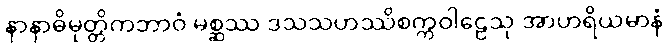
နာနာဓိမုတ္တိကဘာဝံ မစ္ဆဿ ဒသသဟဿိစက္ကဝါဠေသု အာဟရိယမာနံ